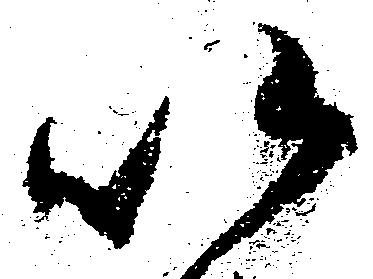
以